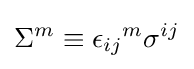
\Sigma ^{m}\equiv {\epsilon _{ij}}^{m}\sigma ^{ij}